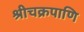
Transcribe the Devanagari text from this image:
श्रीचक्रपाणि